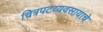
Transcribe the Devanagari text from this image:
चित्रपटव्यवसायाचे